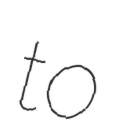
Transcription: to